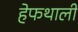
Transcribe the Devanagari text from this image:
हेफथाली